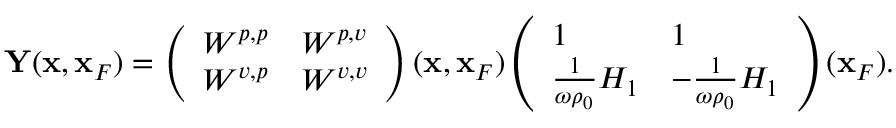
\begin{array} { r l r } & { } & { { \bf Y } ( { \bf x } , { \bf x } _ { F } ) = \left( \begin{array} { l l } { W ^ { p , p } } & { W ^ { p , v } } \\ { W ^ { v , p } } & { W ^ { v , v } } \end{array} \right) ( { \bf x } , { \bf x } _ { F } ) \left( \begin{array} { l l } { 1 } & { 1 } \\ { \frac { 1 } { \omega \rho _ { 0 } } { \cal H } _ { 1 } } & { - \frac { 1 } { \omega \rho _ { 0 } } { \cal H } _ { 1 } } \end{array} \right) ( { \bf x } _ { F } ) . } \end{array}